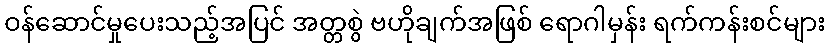
ဝန်ဆောင်မှုပေးသည့်အပြင် အတ္တစွဲ ဗဟိုချက်အဖြစ် ရောဂါမှန်း ရက်ကန်းစင်များ